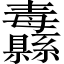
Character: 纛